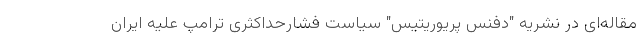
مقاله‌ای در نشریه "دفنس پریوریتیس" سیاست فشارحداکثری ترامپ علیه ایران